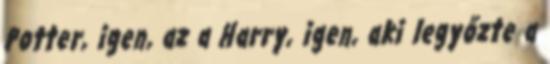
Potter, igen, az a Harry, igen, aki legyőzte a